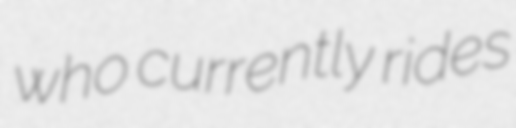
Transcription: who currently rides